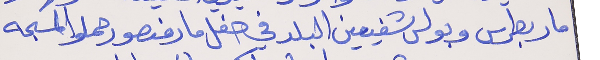
مار بطرس وبولس شفيعين البلد في حفل مار منصور حملوا المسبحه